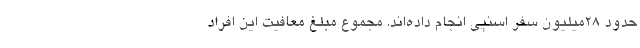
حدود ۲۸میلیون سفر اسنپی انجام داده‌اند. مجموع مبلغ معافیت این افراد